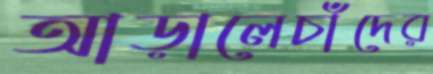
আড়ালেচাঁদের